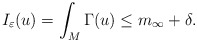
\begin{align*}I_{\varepsilon}(u)=\int_{M}\Gamma(u)\le m_{\infty}+\delta.\end{align*}